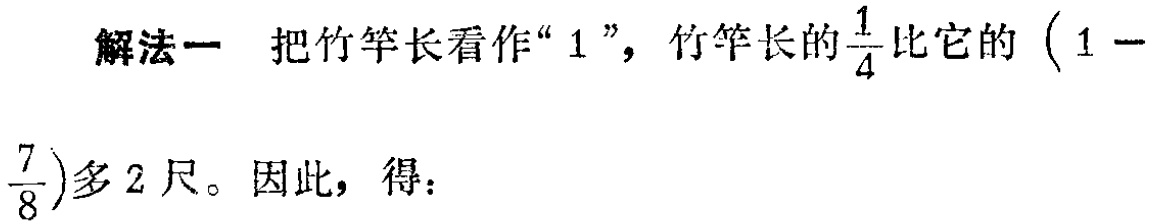
解法一 把竹竿长看作“$1$”，竹竿长的$\frac{1}{4}$比它的$(1 - \frac{7}{8})$多$2$尺。因此，得：